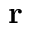
{ \bf r }